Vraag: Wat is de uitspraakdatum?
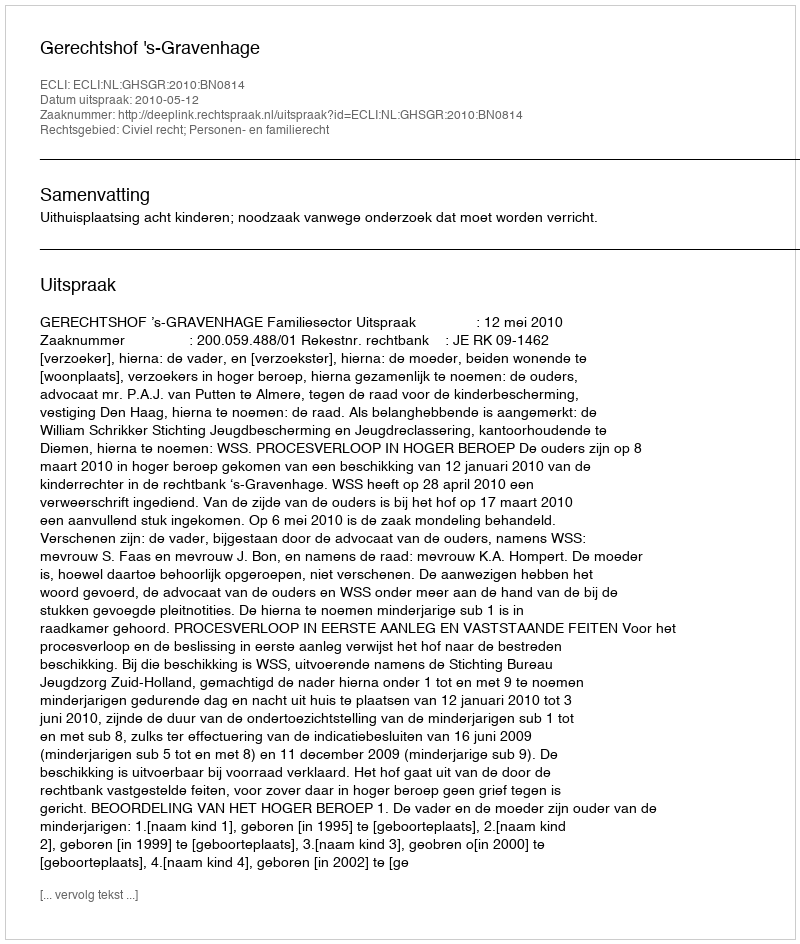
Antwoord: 2010-05-12